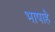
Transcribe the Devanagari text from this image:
भाषाहै